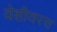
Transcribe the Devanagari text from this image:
वेशीवरच